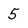
Character: 5